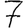
Digit: 7